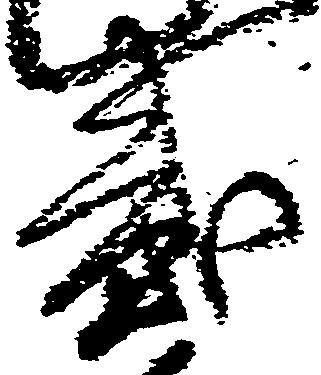
弐